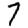
Digit: 7